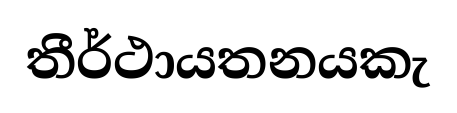
තීර්ථායතනයකැ